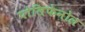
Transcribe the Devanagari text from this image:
पोलिफेनोल